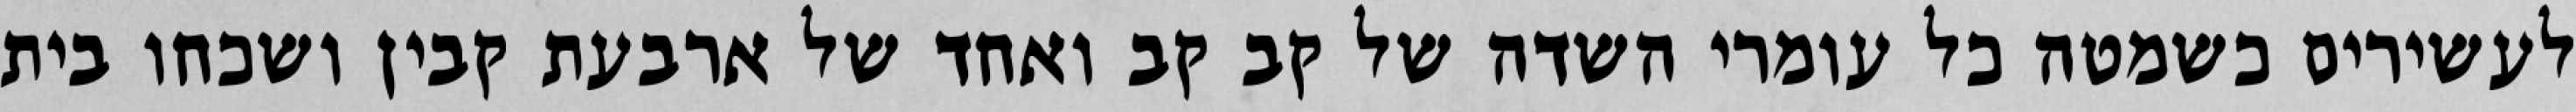
לעשירים כשמטה כל עומרי השדה של קב קב ואחד של ארבעת קבין ושכחו בית